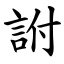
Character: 詂